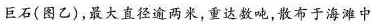
巨石(图乙)，最大直径逾两米，重达数吨，散布于海滩中